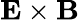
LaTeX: \mathbf{E}\times\mathbf{B}